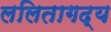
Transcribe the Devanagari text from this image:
ललितागद्य